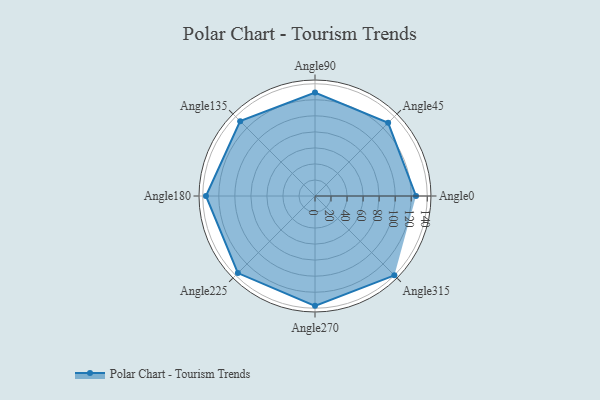
{"axis": {"x": "Angle", "y": "Radius"}, "legend": [""], "data": [{"x": "Angle0", "y": 126.0, "type": ""}, {"x": "Angle45", "y": 129.0, "type": ""}, {"x": "Angle90", "y": 129.0, "type": ""}, {"x": "Angle135", "y": 132.0, "type": ""}, {"x": "Angle180", "y": 136.0, "type": ""}, {"x": "Angle225", "y": 136.0, "type": ""}, {"x": "Angle270", "y": 137.0, "type": ""}, {"x": "Angle315", "y": 140.0, "type": ""}]}